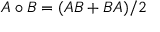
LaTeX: A \circ B = ( A B + B A ) / 2